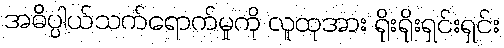
အဓိပ္ပါယ်သက်ရောက်မှုကို လူထုအား ရိုးရိုးရှင်းရှင်း